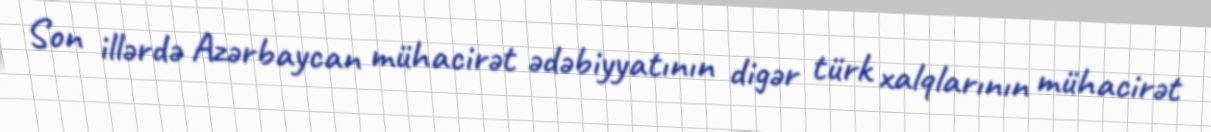
Son illərdə Azərbaycan mühacirət ədəbiyyatının digər türk xalqlarının mühacirət